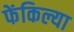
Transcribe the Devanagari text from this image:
फेंकिल्या